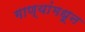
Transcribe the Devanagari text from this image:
गाण्यांमधून